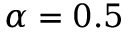
\alpha = 0 . 5